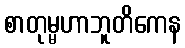
စာတုမ္မဟာဘူတိကေန